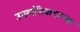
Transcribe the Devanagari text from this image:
उत्क्रांतिवादाच्या